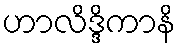
ဟာလိဒ္ဒိကာနိ